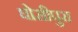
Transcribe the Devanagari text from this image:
घोसीपुरा